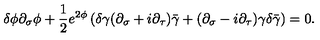
\delta \phi \partial _ { \sigma } \phi + \frac { 1 } { 2 } e ^ { 2 \phi } \left( \delta \gamma ( \partial _ { \sigma } + i \partial _ { \tau } ) \bar { \gamma } + ( \partial _ { \sigma } - i \partial _ { \tau } ) \gamma \delta \bar { \gamma } \right) = 0 .